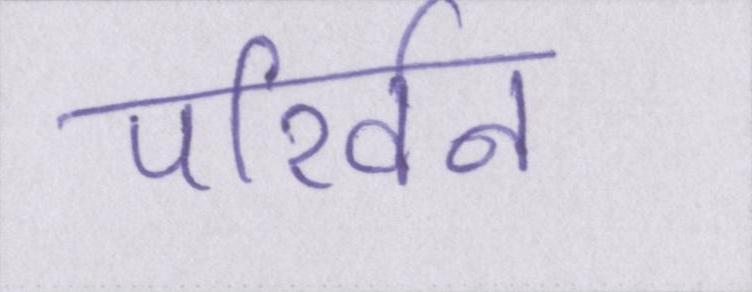
परिर्वन